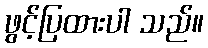
ဖွင့်ပြထားပါ သည်။